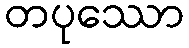
တပုဿော